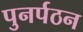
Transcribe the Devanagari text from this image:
पुनर्पठन